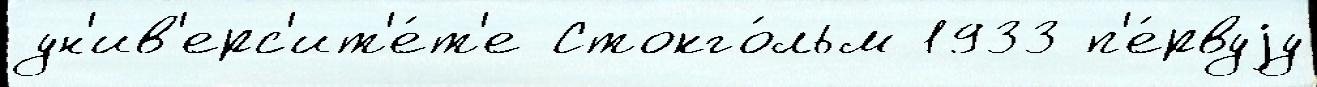
ун'ив'ерс'ит'е́т'е Стокго́льм 1933 п'е́рвуjу